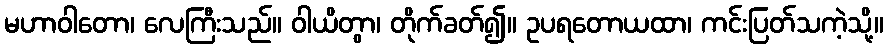
မဟာဝါတော၊ လေကြီးသည်။ ဝါယိတွာ၊ တိုက်ခတ်၍။ ဥပရတောယထာ၊ ကင်းပြတ်သကဲ့သို့။